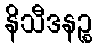
နိသီဒနဉ္စ